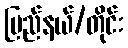
ပြည်နယ်/တိုင်း